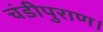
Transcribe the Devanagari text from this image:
चंडीपुराण।